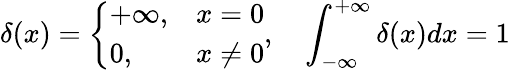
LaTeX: \delta(x)=\left\{ \begin{array}{ll}{+\infty,}&{x=0}\\ {0,}&{x\neq 0}\end{array},\quad\int_{-\infty}^{+\infty}\delta(x)dx=1\right.